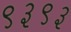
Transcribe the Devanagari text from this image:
९३९३